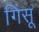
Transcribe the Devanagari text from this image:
गिंसू